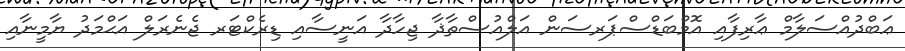
ޢަބްދުއްސަލާމް ޢާރިފާއި އޮމްބަޑްސްޕަރސަން އަލްއުސްތާޛާ ޖިހާދާ އަނީސާއި ޑިރެކްޓަރ ޖެނެރަލް އަޙްމަދު ޔާމީނާއި